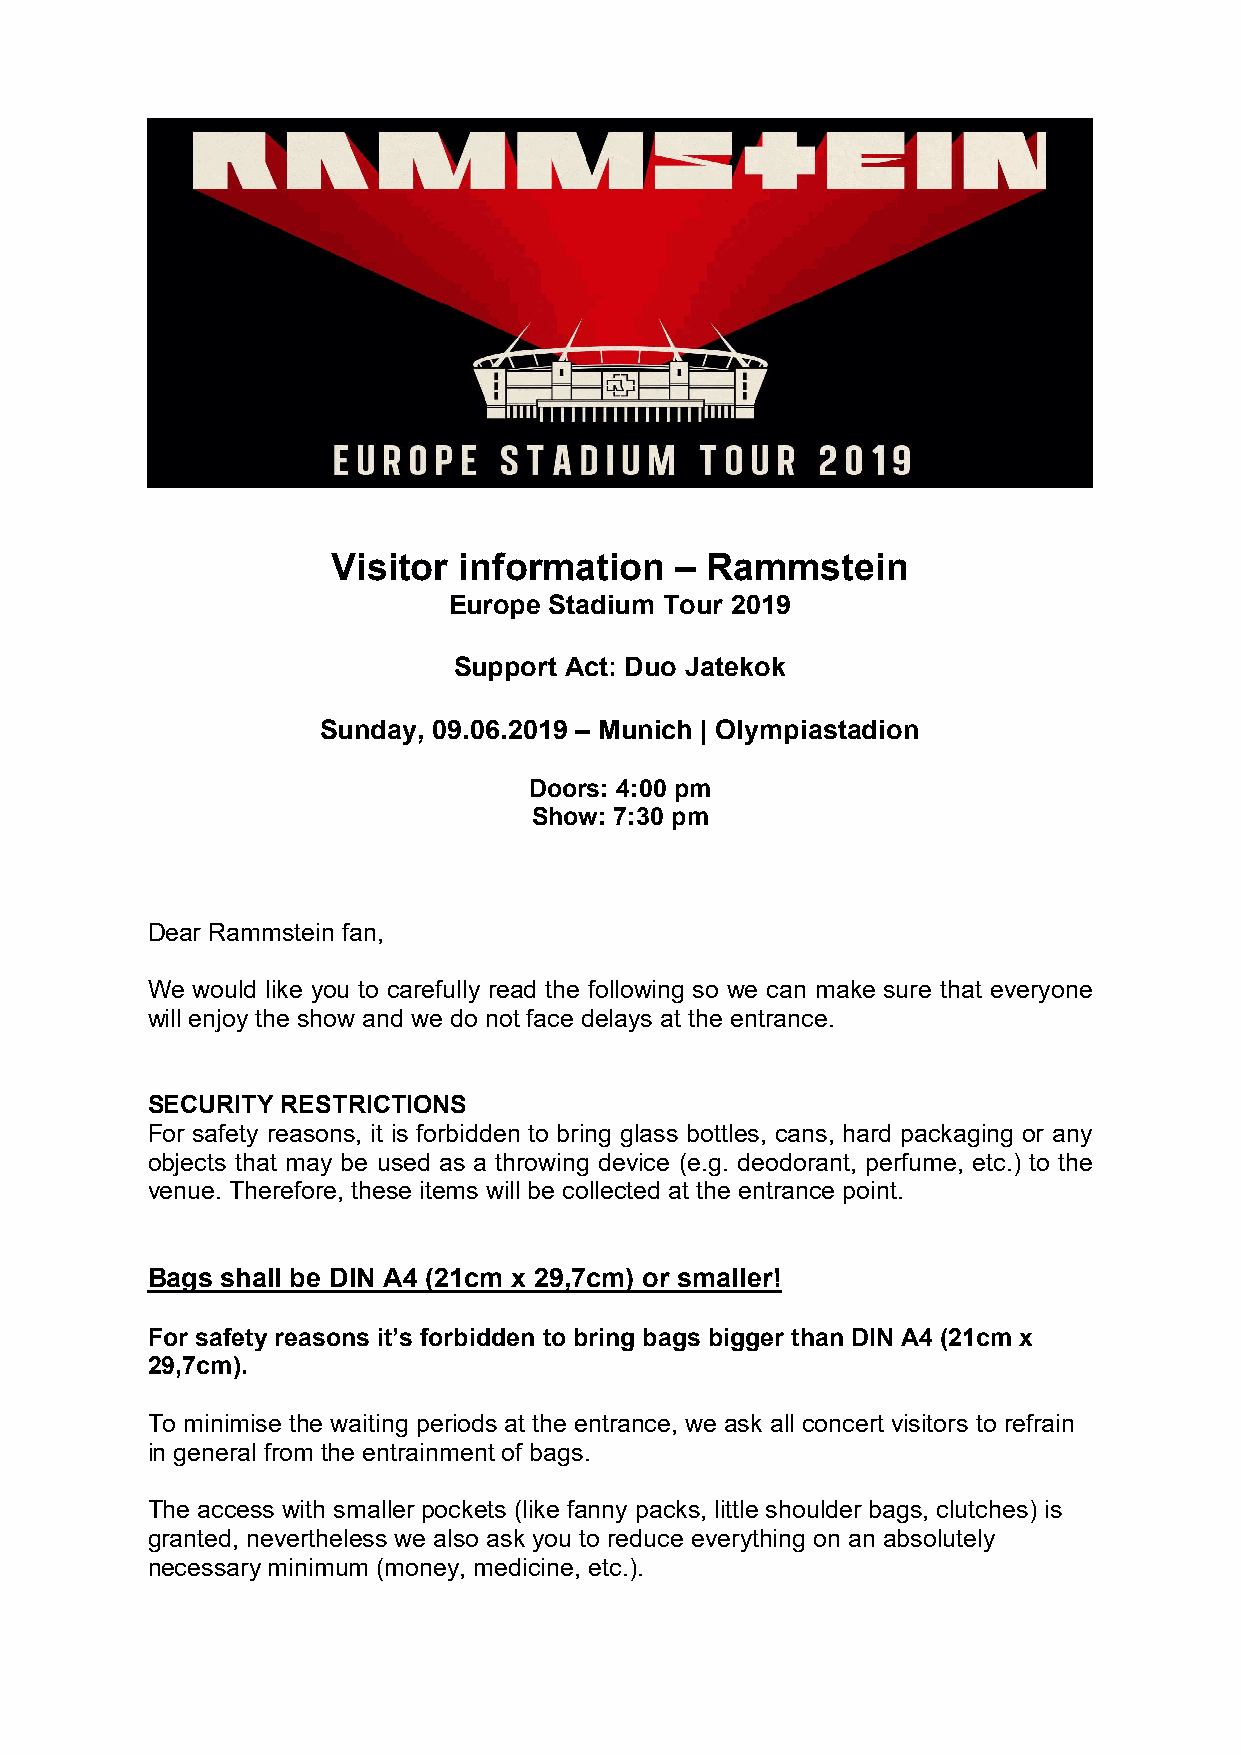
Visitor information    – Rammstein
 Europe Stadium Tour 2019
 Support Act: Duo Jatekok
 Sunday, 09.06.2019 – Munich | Olympiastadion
 Doors: 4:00 pm
 Show: 7:30 pm
 Dear Rammstein fan,
 We would like you to carefully read the following so we can make sure that everyone
 will enjoy the show and we do not face delays at the entrance.
 SECURITY RESTRICTIONS
 For safety reasons, it is forbidden to bring glass bottles, cans, hard packaging or any
 objects that may be used as a throwing device (e.g. deodorant, perfume, etc.) to the
 venue. Therefore, these items will be collected at the entrance point.
 Bags shall be DIN A4 (21cm x 29,7cm) or smaller!
 For safety reasons it’s forbidden to bring bags bigger than DIN A4 (21cm x
 29,7cm).
 To minimise the waiting periods at the entrance, we ask all concert visitors to refrain
 in general from the entrainment of bags.
 The access with smaller pockets (like fanny packs, little shoulder bags, clutches) is
 granted, nevertheless we also ask you to reduce everything on an absolutely
 necessary minimum (money, medicine, etc.).